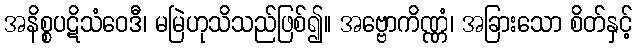
အနိစ္စပဋိသံဝေဒီ၊ မမြဲဟုသိသည်ဖြစ်၍။ အဗ္ဗောကိဏ္ဏံ၊ အခြားသော စိတ်နှင့်